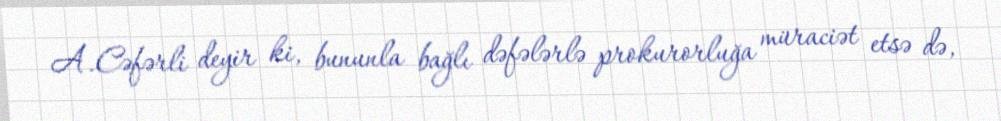
A.Cəfərli deyir ki, bununla bağlı dəfələrlə prokurorluğa müraciət etsə də,